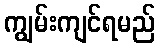
ကျွမ်းကျင်ရမည်